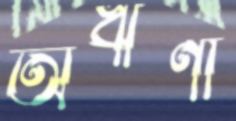
অঋণা